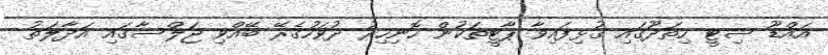
އައްޑޫ ސިޓީ ހިތަދޫގައި ގުޅިފައިވާ ޕާޓީތަކުން ހޮނިހިރު ދުވަހުގެރޭ ބޭއްވި ޖަލްސާގައި އަދާލަތު